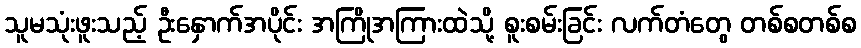
သူမသုံးဖူးသည့် ဦးနှောက်အပိုင်း အကြိုအကြားထဲသို့ စူးစမ်းခြင်း လက်တံတွေ တစ်စတစ်စ